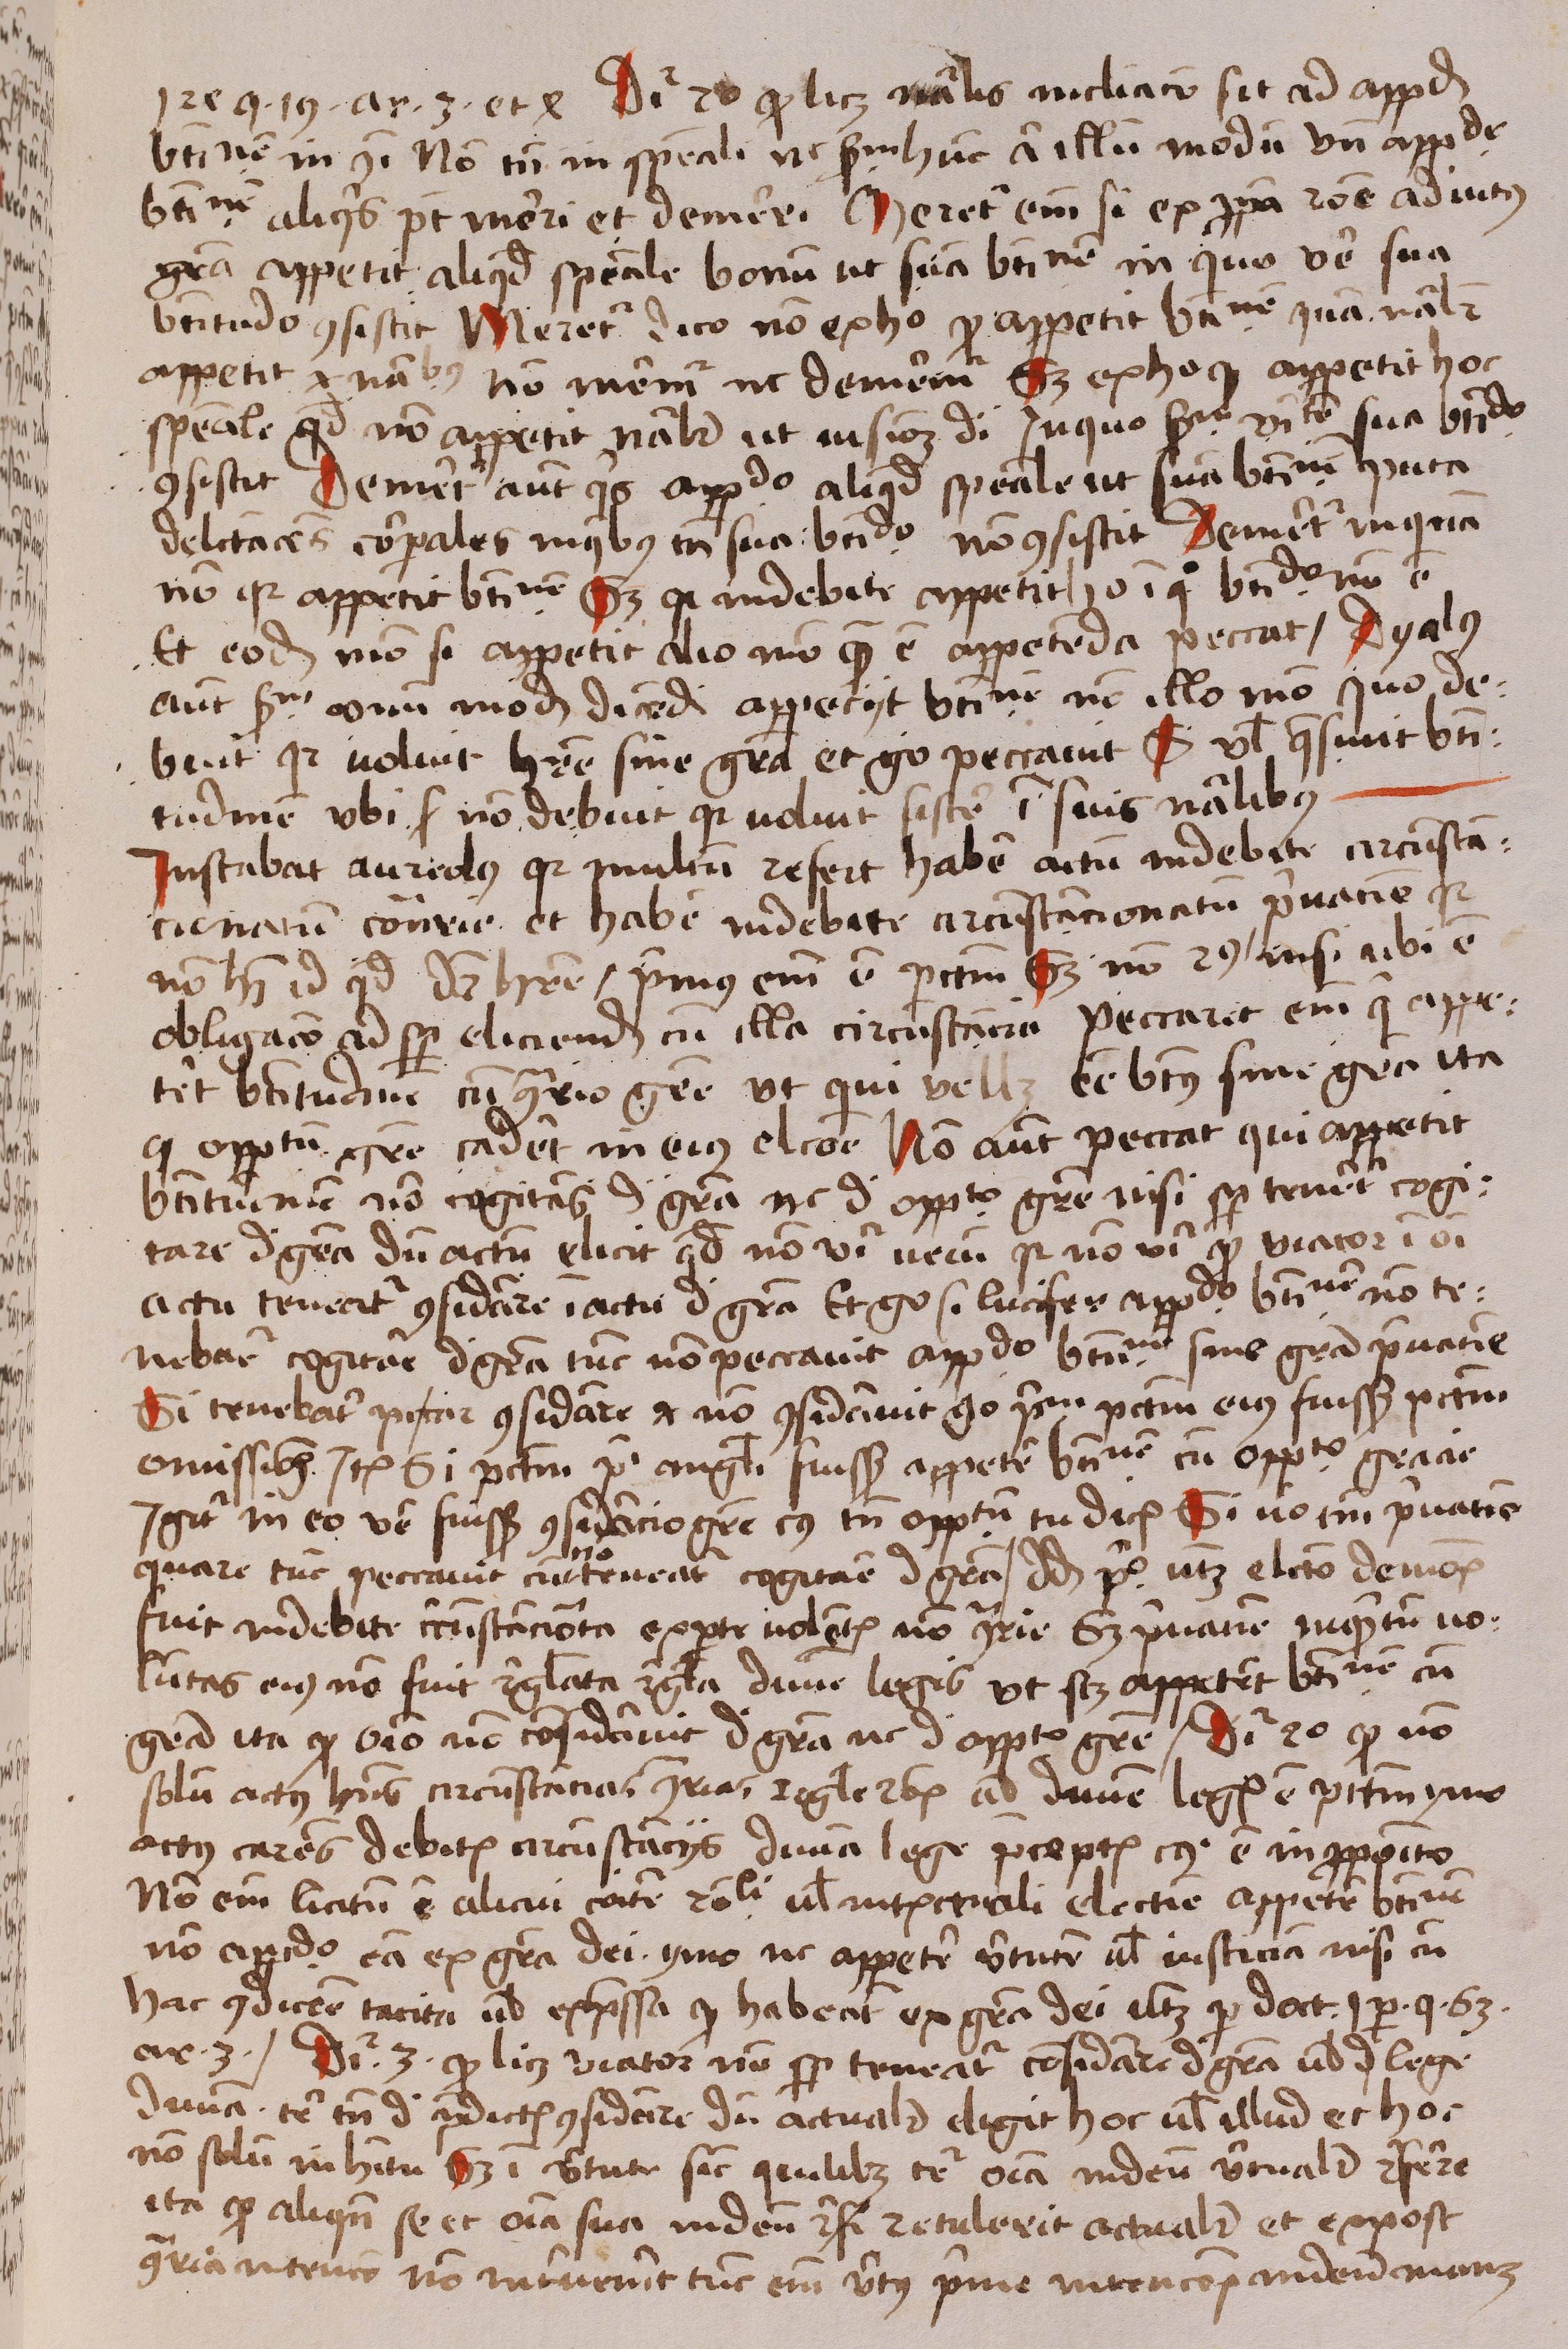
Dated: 1488–1488